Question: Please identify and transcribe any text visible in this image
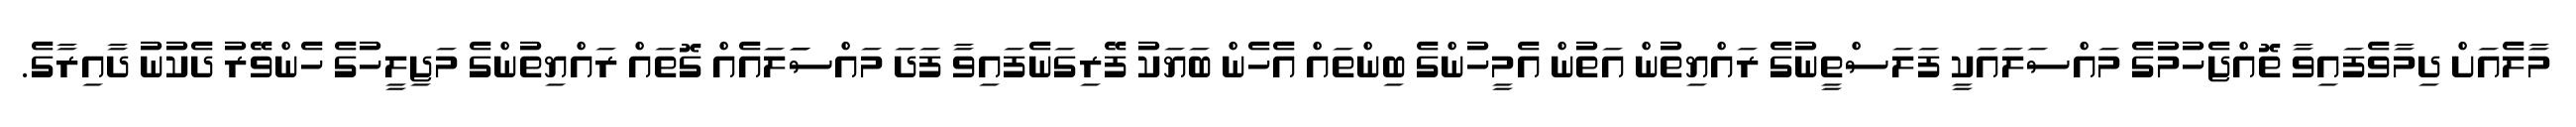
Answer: މާލެއަށް ދިމާވެފައިވާ ތޮއްޖެހުމުގެ މައްސަލައަކީ ފަލަސްތީނުގެ ރައްޔިތުން އަތުން އެމީހުންގެ ބިންތައް އެހެން ބަޔަކު ފޭރިގަނެފައިވާ ފަދަ މައްސަަލައެއް ގޮތައް ރައްޔިތުންގެ މަޖިލީހުގެ ހެންވޭރު ދެކުނު ދާއިރާގެ.